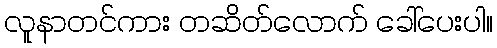
လူနာတင်ကား တဆိတ်လောက် ခေါ်ပေးပါ။